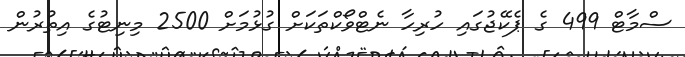
ސްމާޓް 499 ގެ ޕެކޭޖުގައި ހުރިހާ ނެޓްވޯކްތަކަށް ގުޅުމަށް 2500 މިނިޓުގެ އިތުރުން